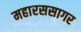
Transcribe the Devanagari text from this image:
महारससागर